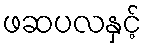
ဖဆပလနှင့်